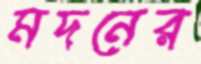
মদনের